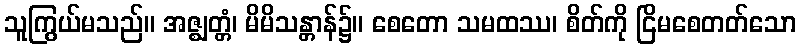
သူကြွယ်မသည်။ အဇ္ဈတ္တံ၊ မိမိသန္တာန်၌။ စေတော သမထဿ၊ စိတ်ကို ငြိမစေတတ်သော